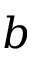
b